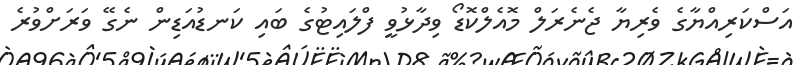
އަސްކަރިއްޔާގެ ވެރިޔާ ޖެނެރަލް މޮއެލްކޮޑޯ ވިދާޅުވީ ފްލައިޓުގެ ބައި ކަނޑުއަޑިން ނެގޭ ވަރަށްވުރެ